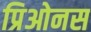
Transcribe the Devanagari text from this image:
प्रिओनस